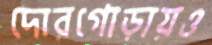
দোরগোড়ায়ও